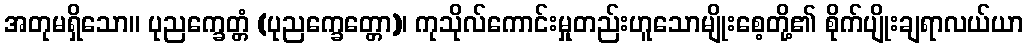
အတုမရှိသော။ ပုညက္ခေတ္တံ (ပုညက္ခေတ္တော)၊ ကုသိုလ်ကောင်းမှုတည်းဟူသောမျိုးစေ့တို့၏ စိုက်ပျိုးချရာလယ်ယာ